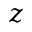
z